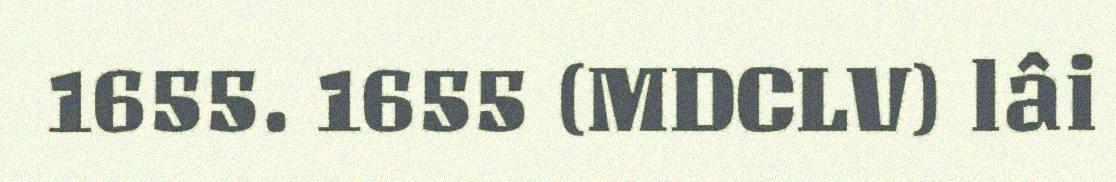
1655. 1655 (MDCLV) lâi